Report of the Hyderabad Chloroform Commission
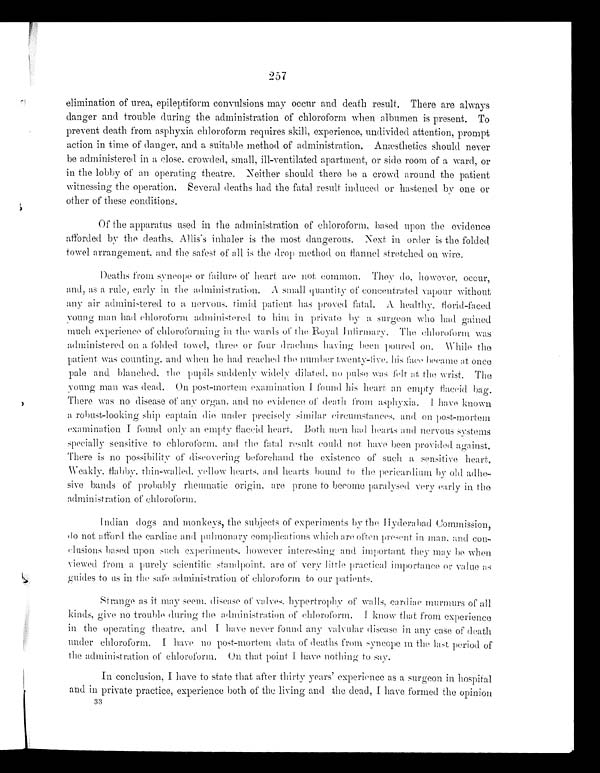
257
elimination of urea, epileptiform convulsions may occur and death result. There are always
danger and trouble during the administration of chloroform when albumen is present. To
prevent death from asphyxia chloroform requires skill, experience, undivided attention, prompt
action in time of danger, and a suitable method of administration. Anæsthetics should never
be administered in a close, crowded, small, ill-ventilated apartment, or side room of a ward, or
in the lobby of an operating theatre. Neither should there be a crowd around the patient
witnessing the operation. several deaths had the fatal result induced or hastened by one or
other of these conditions.
Of the apparatus used in the administration of chloroform, based upon the evidence
afforded by the deaths, Allis' s inhaler is the most dangerous. Next in order is the folded
towel arrangement, and the safest of all is the drop method on flannel stretched on wire.
Deaths from syncope or failure of heart are not common. They do, however, occur,
and, as a rule, early in the administration. A small quantity of concentrated vapour without
any air administered to a nervous, timid patient has proved fatal. A. healthy, florid-faced
young man had chloroform administered to him in private by a surgeon who had gained
much experience of chloroforming in the wards of the Royal Infirmary. The chloroform was
administered on a folded towel, three or four drachms having been poured on. While the
patient was counting, and when he had reached the number twenty-five, his face became at once
pale and blanched, the pupils suddenly widely dilated, no pulse was felt at the wrist. The
young man was dead. On post-mortem examination I found his heart an empty flaccid bag.
There was no disease of any organ, and no evidence of death from asphyxia. I have known
a robust-looking ship captain die under precisely similar circumstances, and on post-mortem
examination I found only an empty flaccid heart. Both men had hearts and nervous systems
specially sensitive to chloroform, and the fatal result could not have been provided against.
There is no possibility of discovering beforehand the existence of such a sensitive heart.
Weakly, flabby, thin-walled, yellow hearts, and hearts bound to the pericardium by old adhe-
-sive bands of probably rheumatic origin, are prone to become paralysed very early in the
administration of chloroform.
Indian dogs and monkeys, the subjects of experiments by the Hyderabad Commission,
do not afford the cardiac and pulmonary complications which are often present in man, and con-
- c l u s i o n s b a s e d u p o n s u c h e x p e r i m e n t s , h o w e v e r i n t e r e s t i n g a n d i m p o r t a n t t h e y m a y b e w h e n
viewed from a purely scientific standpoint, are of very little practical importance or value as
guides to us in the safe administration of chloroform to our patients.
Strange as it may seem, disease of valves, hypertrophy of walls, cardiac murmurs of all
kinds, give no trouble during the administration chloroform. I know that from experience
in the operating theatre, and I have never found any valvular disease in any case of death
under chloroform. I have no post-mortem data of deaths from syncope in the last period of
the administration of chloroform. On that point I have nothing to say.
In conclusion, I have to state that after thirty years' experience as a surgeon in hospital
and in private practice, experience both of the living and the dead, I have formed the opinion
33